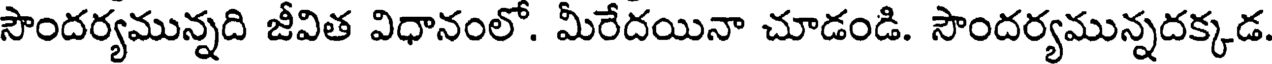
సౌందర్యమున్నది జీవిత విధానంలో. మీరేదయినా చూడండి. సౌందర్యమున్నదక్కడ